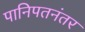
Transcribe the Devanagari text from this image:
पानिपतनंतर